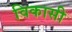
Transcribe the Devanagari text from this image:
विकासी